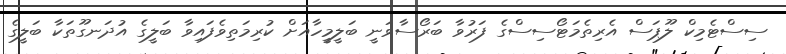
ސިސްޓެމިކް ލޫޕަސް އެރިތެމަޓޯސިސްގެ ފަރުވާ ބަރޯސާވަނީ ބަލީމީހާއަށް ކުރިމަތިވެފައިވާ ބަލީގެ އުދަނގޫތަކާ ބަލީގެ